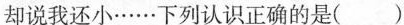
却说我还小……下列认识正确的是( )